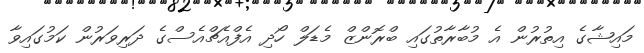
މައިޝާގެ އިތުރުން އެ މުބާރާތުގައި ބްރޮންޒް މެޑަލް ހޯދި އެފްއެޗްއެސްގެ ދަރިވަރުން ކަމުގައިވާ